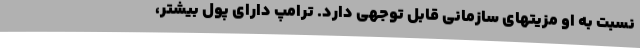
نسبت به او مزیتهای سازمانی قابل توجهی دارد. ترامپ دارای پول بیشتر،